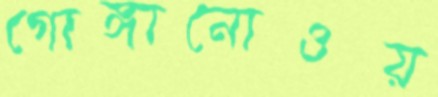
গোঙ্গানোওয়